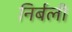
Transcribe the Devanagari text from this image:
निर्बली